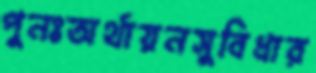
পুনঃঅর্থায়নসুবিধার